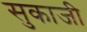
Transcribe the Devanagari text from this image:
सुकाजी